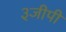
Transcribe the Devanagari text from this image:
३जीपी